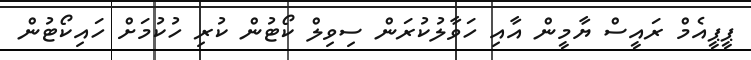
ޕީޕީއެމް ރައީސް ޔާމީން އާއި ހަވާލުކުރަން ސިވިލް ކޯޓުން ކުރި ހުކުމަށް ހައިކޯޓުން